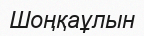
Шоңқаұлын